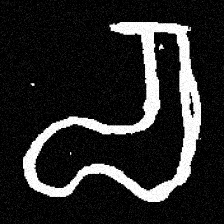
Pyu character \u2014 Myanmar letter: စ (romanized: ca)